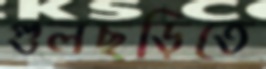
গুলছড়িতে